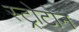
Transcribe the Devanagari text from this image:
स्ट्रोटोन